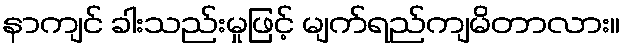
နာကျင် ခါးသည်းမှုဖြင့် မျက်ရည်ကျမိတာလား။